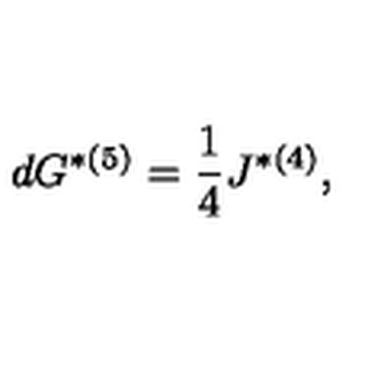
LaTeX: d G ^ { * ( 5 ) } = { \frac { 1 } { 4 } } J ^ { * ( 4 ) } ,